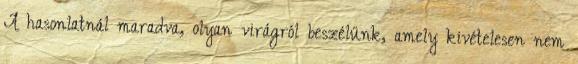
A hasonlatnál maradva, olyan virágról beszélünk, amely kivételesen nem